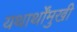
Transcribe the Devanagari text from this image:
यथार्थोंमुखी